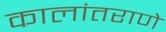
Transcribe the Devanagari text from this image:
कालांतराणे